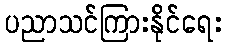
ပညာသင်ကြားနိုင်ရေး